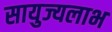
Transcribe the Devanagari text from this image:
सायुज्यलाभ